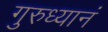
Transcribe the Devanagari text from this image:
गुरुध्यानं